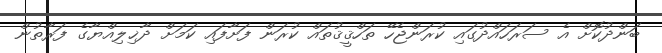
ބަންދުކޮށް އެ ސަރަހައްދުގައި ކުރަންޖެހޭ ތަހްޤީޤުތައް ކުރަން ފަށާފައި ކަމަށް ދާޚިލިއްޔާގެ ފަރާތުން